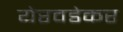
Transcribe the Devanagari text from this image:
येरवडेकर